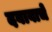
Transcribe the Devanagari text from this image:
दबावाचे